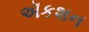
ઍકશન